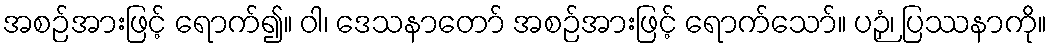
အစဉ်အားဖြင့် ရောက်၍။ ဝါ၊ ဒေသနာတော် အစဉ်အားဖြင့် ရောက်သော်။ ပဉှံ၊ ပြဿနာကို။